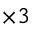
_ { \times 3 }